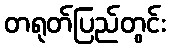
တရုတ်ပြည်တွင်း